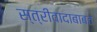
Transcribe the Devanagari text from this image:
स्त्रीवादाबाबत